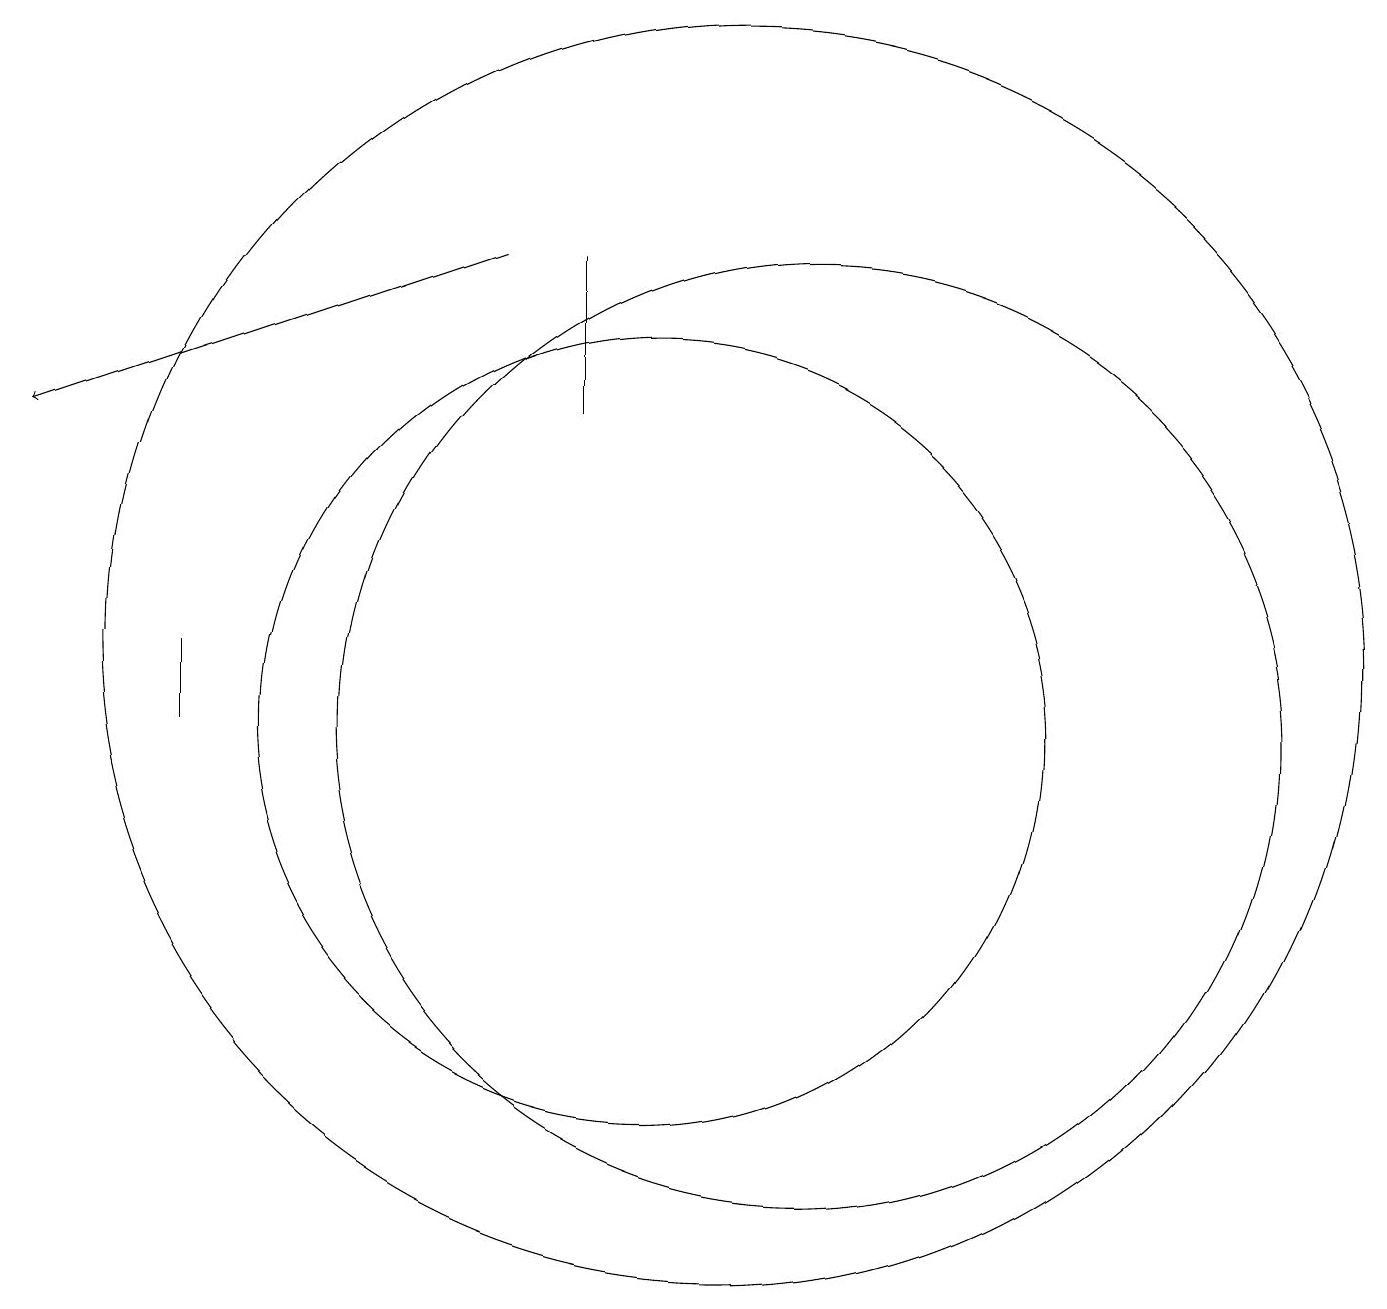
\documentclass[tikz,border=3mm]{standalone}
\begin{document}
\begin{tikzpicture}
\draw (12,11) circle (6);
\draw (11,12) circle (8);
\draw (10,12) circle (0);
\draw (9,15) rectangle (9,17);
\draw (10,11) circle (5);
\draw (4,11) rectangle (4,12);
\draw[->] (8,17) -- (2,15);
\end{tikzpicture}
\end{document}